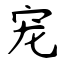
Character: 宠